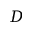
D